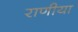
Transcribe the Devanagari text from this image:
राणीया